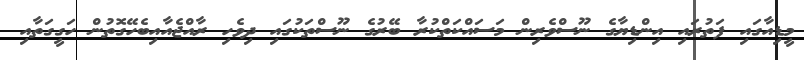
މީޑިއާގައި ފަތުރައި އިންޑިޔާގެ ނޫސްވެރިން މަސައްކަތްކުރާ ބޭރުގެ ނޫސްތަކުގައި ދިވެހި ރާއްޖެއާއިބެހޭގޮތުން ހަގީގަތާއި